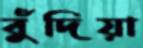
বুঁদিয়া